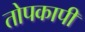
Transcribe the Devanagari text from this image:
तोपकापी